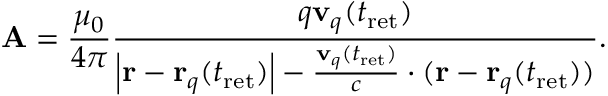
\mathbf { A } = { \frac { \mu _ { 0 } } { 4 \pi } } { \frac { q \mathbf { v } _ { q } ( t _ { \mathrm { { r e t } } } ) } { \left| \mathbf { r } - \mathbf { r } _ { q } ( t _ { \mathrm { { r e t } } } ) \right| - { \frac { \mathbf { v } _ { q } ( t _ { \mathrm { { r e t } } } ) } { c } } \cdot ( \mathbf { r } - \mathbf { r } _ { q } ( t _ { \mathrm { { r e t } } } ) ) } } .